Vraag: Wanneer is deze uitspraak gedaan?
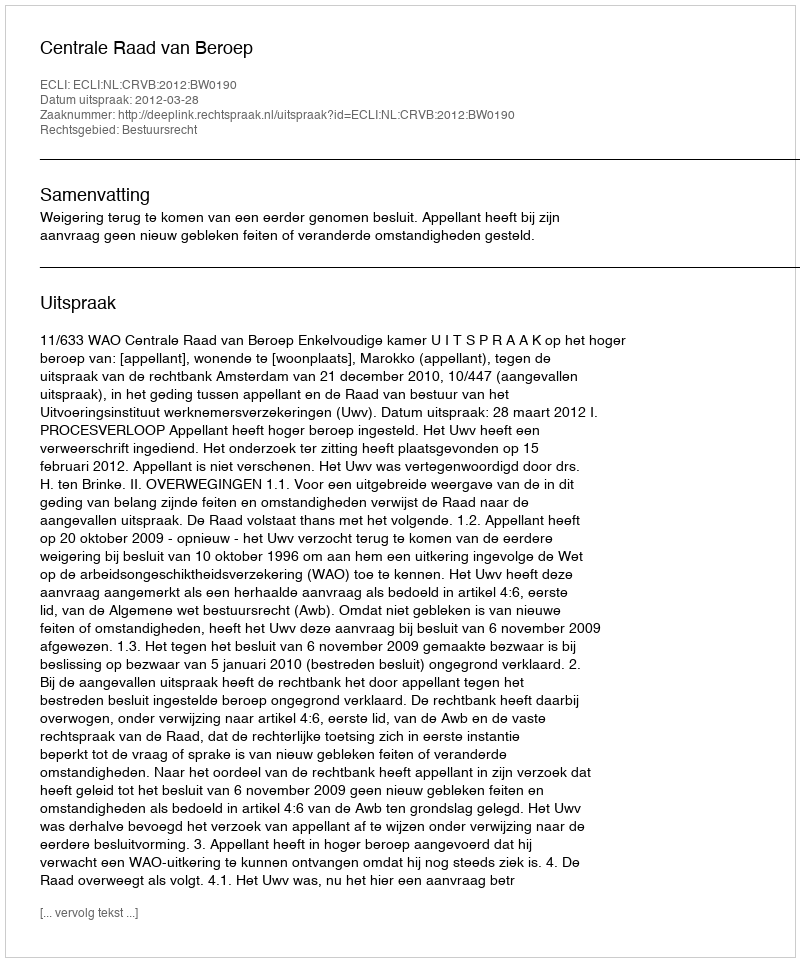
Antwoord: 2012-03-28